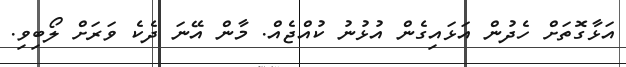
އަޅާގޮތަށް ހެދުން އަޅައިގެން އުޅުނު ކުއްޖެއް. މާން އޭނަ ދެކެ ވަރަށް ލޯބިވި.